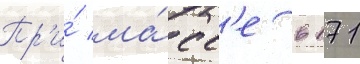
Пр'и́ ма́сс'е в 171